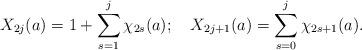
LaTeX: \begin{align*}X_{2j}(a)=1+\sum_{s=1}^j\chi _{2s}(a);\quad X_{2j+1}(a)=\sum_{s=0}^j\chi_{2s+1}(a). \end{align*}